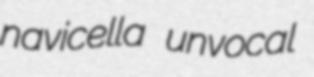
navicella unvocal